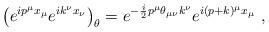
LaTeX: \begin{align*}\left ( e^{i p^\mu x_\mu} e^{i k^\nu x_\nu} \right )_\theta= e^{-\frac{i}{2} p^\mu\theta_{\mu \nu} k^\nu} e^{i (p+k)^\mu x_\mu} ~,\end{align*}